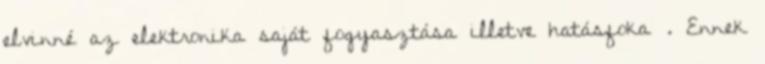
elvinné az elektronika saját fogyasztása illetve hatásfoka . Ennek